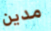
مدين